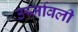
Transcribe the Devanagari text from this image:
ऊर्जावली